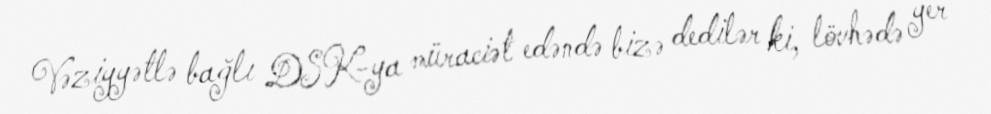
Vəziyyətlə bağlı DSK-ya müraciət edəndə bizə dedilər ki, lövhədə yer